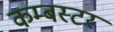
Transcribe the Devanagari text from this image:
कम्बस्टर